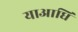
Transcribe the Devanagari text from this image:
याआधि